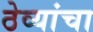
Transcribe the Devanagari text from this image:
ठेव्यांचा